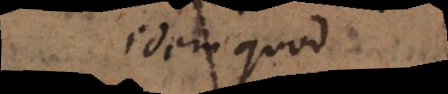
idem quod